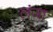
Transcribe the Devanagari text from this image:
लंजा